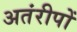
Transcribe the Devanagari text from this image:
अतंरीपों